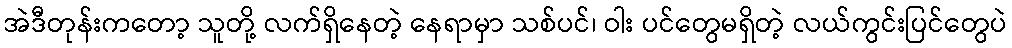
အဲဒီတုန်းကတော့ သူတို့ လက်ရှိနေတဲ့ နေရာမှာ သစ်ပင်၊ ဝါး ပင်တွေမရှိတဲ့ လယ်ကွင်းပြင်တွေပဲ